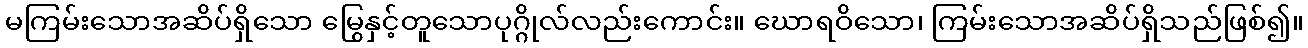
မကြမ်းသောအဆိပ်ရှိသော မြွေနှင့်တူသောပုဂ္ဂိုလ်လည်းကောင်း။ ဃောရဝိသော၊ ကြမ်းသောအဆိပ်ရှိသည်ဖြစ်၍။